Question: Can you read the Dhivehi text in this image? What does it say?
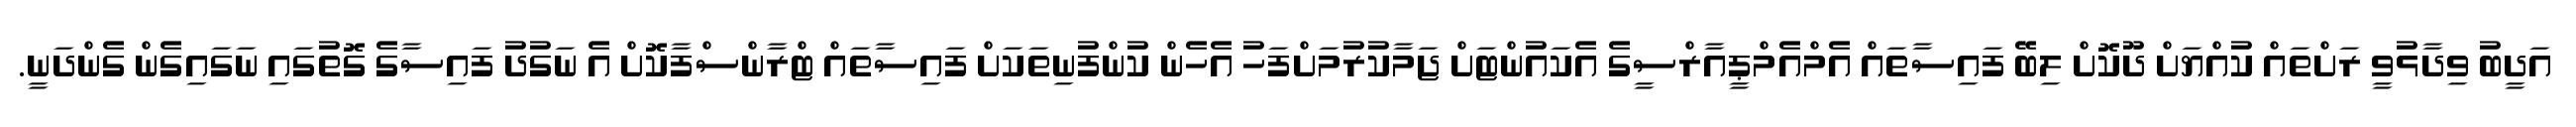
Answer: އަދީބު ވިދާޅުވީ ރަށްތައް ކުއްޔަށް ދޫކޮށް ލިބޭ ފައިސާތައް އެމްއެމްޕީއާރްސީގެ އެކައުންޓަށް ޖަމާކުރުމަށްފަހު އެހެން ކުންފުނިތަކަށް ފައިސާތައް ޓްރާންސްފާކޮށް އެ ނަގުދު ފައިސާގެ ގޮތުގައި ނަގައިގެން ގެންދަނީ.